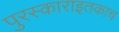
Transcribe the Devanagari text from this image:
पुरस्काराइतकाच